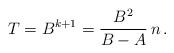
LaTeX: \begin{align*}T = B^{k+1} = \frac{B^2}{B-A} \,n\,. \end{align*}